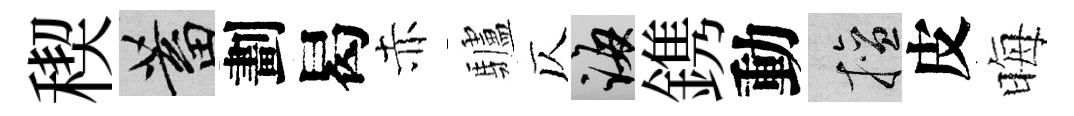
稧蓄劃曷赤驢仄誨鎸動擅皮晦